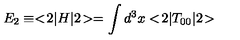
E _ { 2 } \equiv < \! 2 | H | 2 \! > = \int d ^ { 3 } x < \! 2 | T _ { 0 0 } | 2 \! >